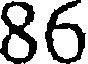
86